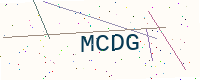
Text: MCDG